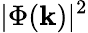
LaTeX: |\Phi(\mathbf{k})|^{2}